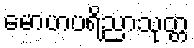
မောဟပရိညာသုတ္တ